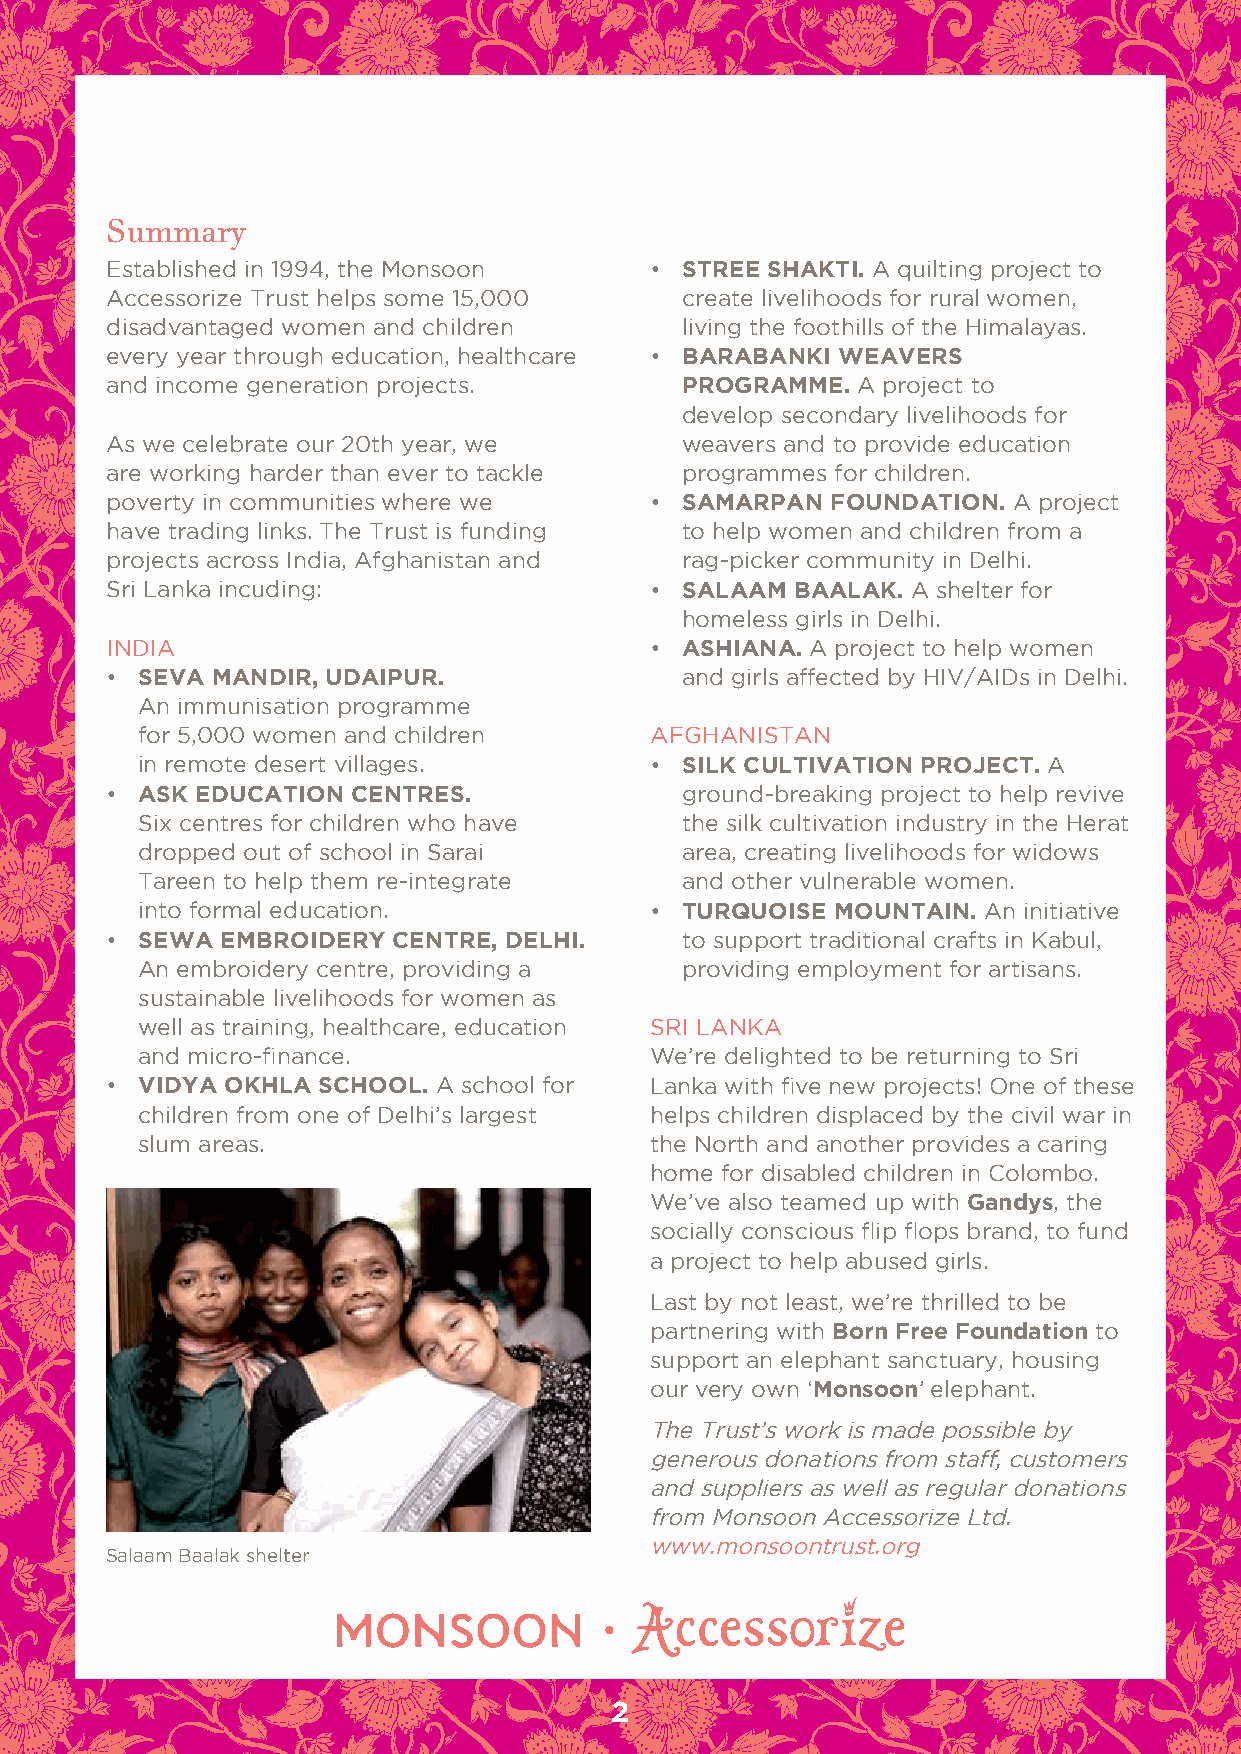
Summary
 Established in 1994, the Monsoon    • STREE SHAKTI. A quilting project to
 Accessorize Trust helps some 15,000   create livelihoods for rural women,
 disadvantaged women and children      living the foothills of the Himalayas.
 every year through education, healthcare • bARAbAnKI WEAvERS
 and income generation projects.       PROgRAMME.  A project to
 develop secondary livelihoods for
 As we celebrate our 20th year, we     weavers and to provide education
 are working harder than ever to tackle programmes for children.
 poverty in communities where we     • SAMARPAn  FOUndATIOn. A project
 have trading links. The Trust is funding to help women and children from a
 projects across India, Afghanistan and rag-picker community in delhi.
 Sri Lanka incuding:                 • SAlAAM bAAlAK. A shelter for
 homeless girls in delhi.
 IndIA                               • ASHIAnA. A project to help women
 • SEvA MAndIR, UdAIPUR.               and girls affected by HIV/AIds in delhi.
 An immunisation programme
 for 5,000 women and children      AfgHAnISTAn
 in remote desert villages.        • SIlK CUlTIvATIOn PROJECT. A
 • ASK EdUCATIOn CEnTRES.              ground-breaking project to help revive
 Six centres for children who have   the silk cultivation industry in the Herat
 dropped out of school in Sarai      area, creating livelihoods for widows
 Tareen to help them re-integrate    and other vulnerable women.
 into formal education.            • TURQUOISE MOUnTAIn. An initiative
 • SEWA  EMbROIdERY CEnTRE, dElHI.     to support traditional crafts in Kabul,
 An embroidery centre, providing a   providing employment for artisans.
 sustainable livelihoods for women as
 well as training, healthcare, education SrI LAnKA
 and micro-finance.                We’re delighted to be returning to Sri
 • vIdYA OKHlA SCHOOl. A school for  Lanka with five new projects! One of these
 children from one of delhi’s largest helps children displaced by the civil war in
 slum areas.                       the north and another provides a caring
 home for disabled children in Colombo.
 We’ve also teamed up with gandys, the
 socially conscious flip flops brand, to fund
 a project to help abused girls.
 Last by not least, we’re thrilled to be
 partnering with born Free Foundation to
 support an elephant sanctuary, housing
 our very own ‘Monsoon’ elephant.
 The Trust’s work is made possible by
 generous donations from staff, customers
 and suppliers as well as regular donations
 from Monsoon Accessorize Ltd.
 www.monsoontrust.org
 Salaam Baalak shelter
 2